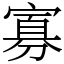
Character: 寡